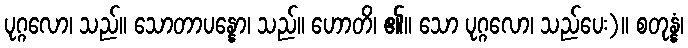
ပုဂ္ဂလော၊ သည်။ သောတာပန္နော၊ သည်။ ဟောတိ၊ ၏။ သော ပုဂ္ဂလော၊ သည်ပေး)။ စတုန္နံ၊